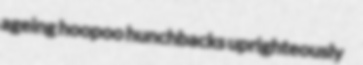
ageing hoopoo hunchbacks uprighteously